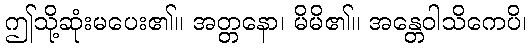
ဤသို့ဆုံးမပေး၏။ အတ္တနော၊ မိမိ၏။ အန္တေဝါသိကေပိ၊